65_HS1-834228961_62-HQ-83894_Section_7
Agency: FBI
Page 68
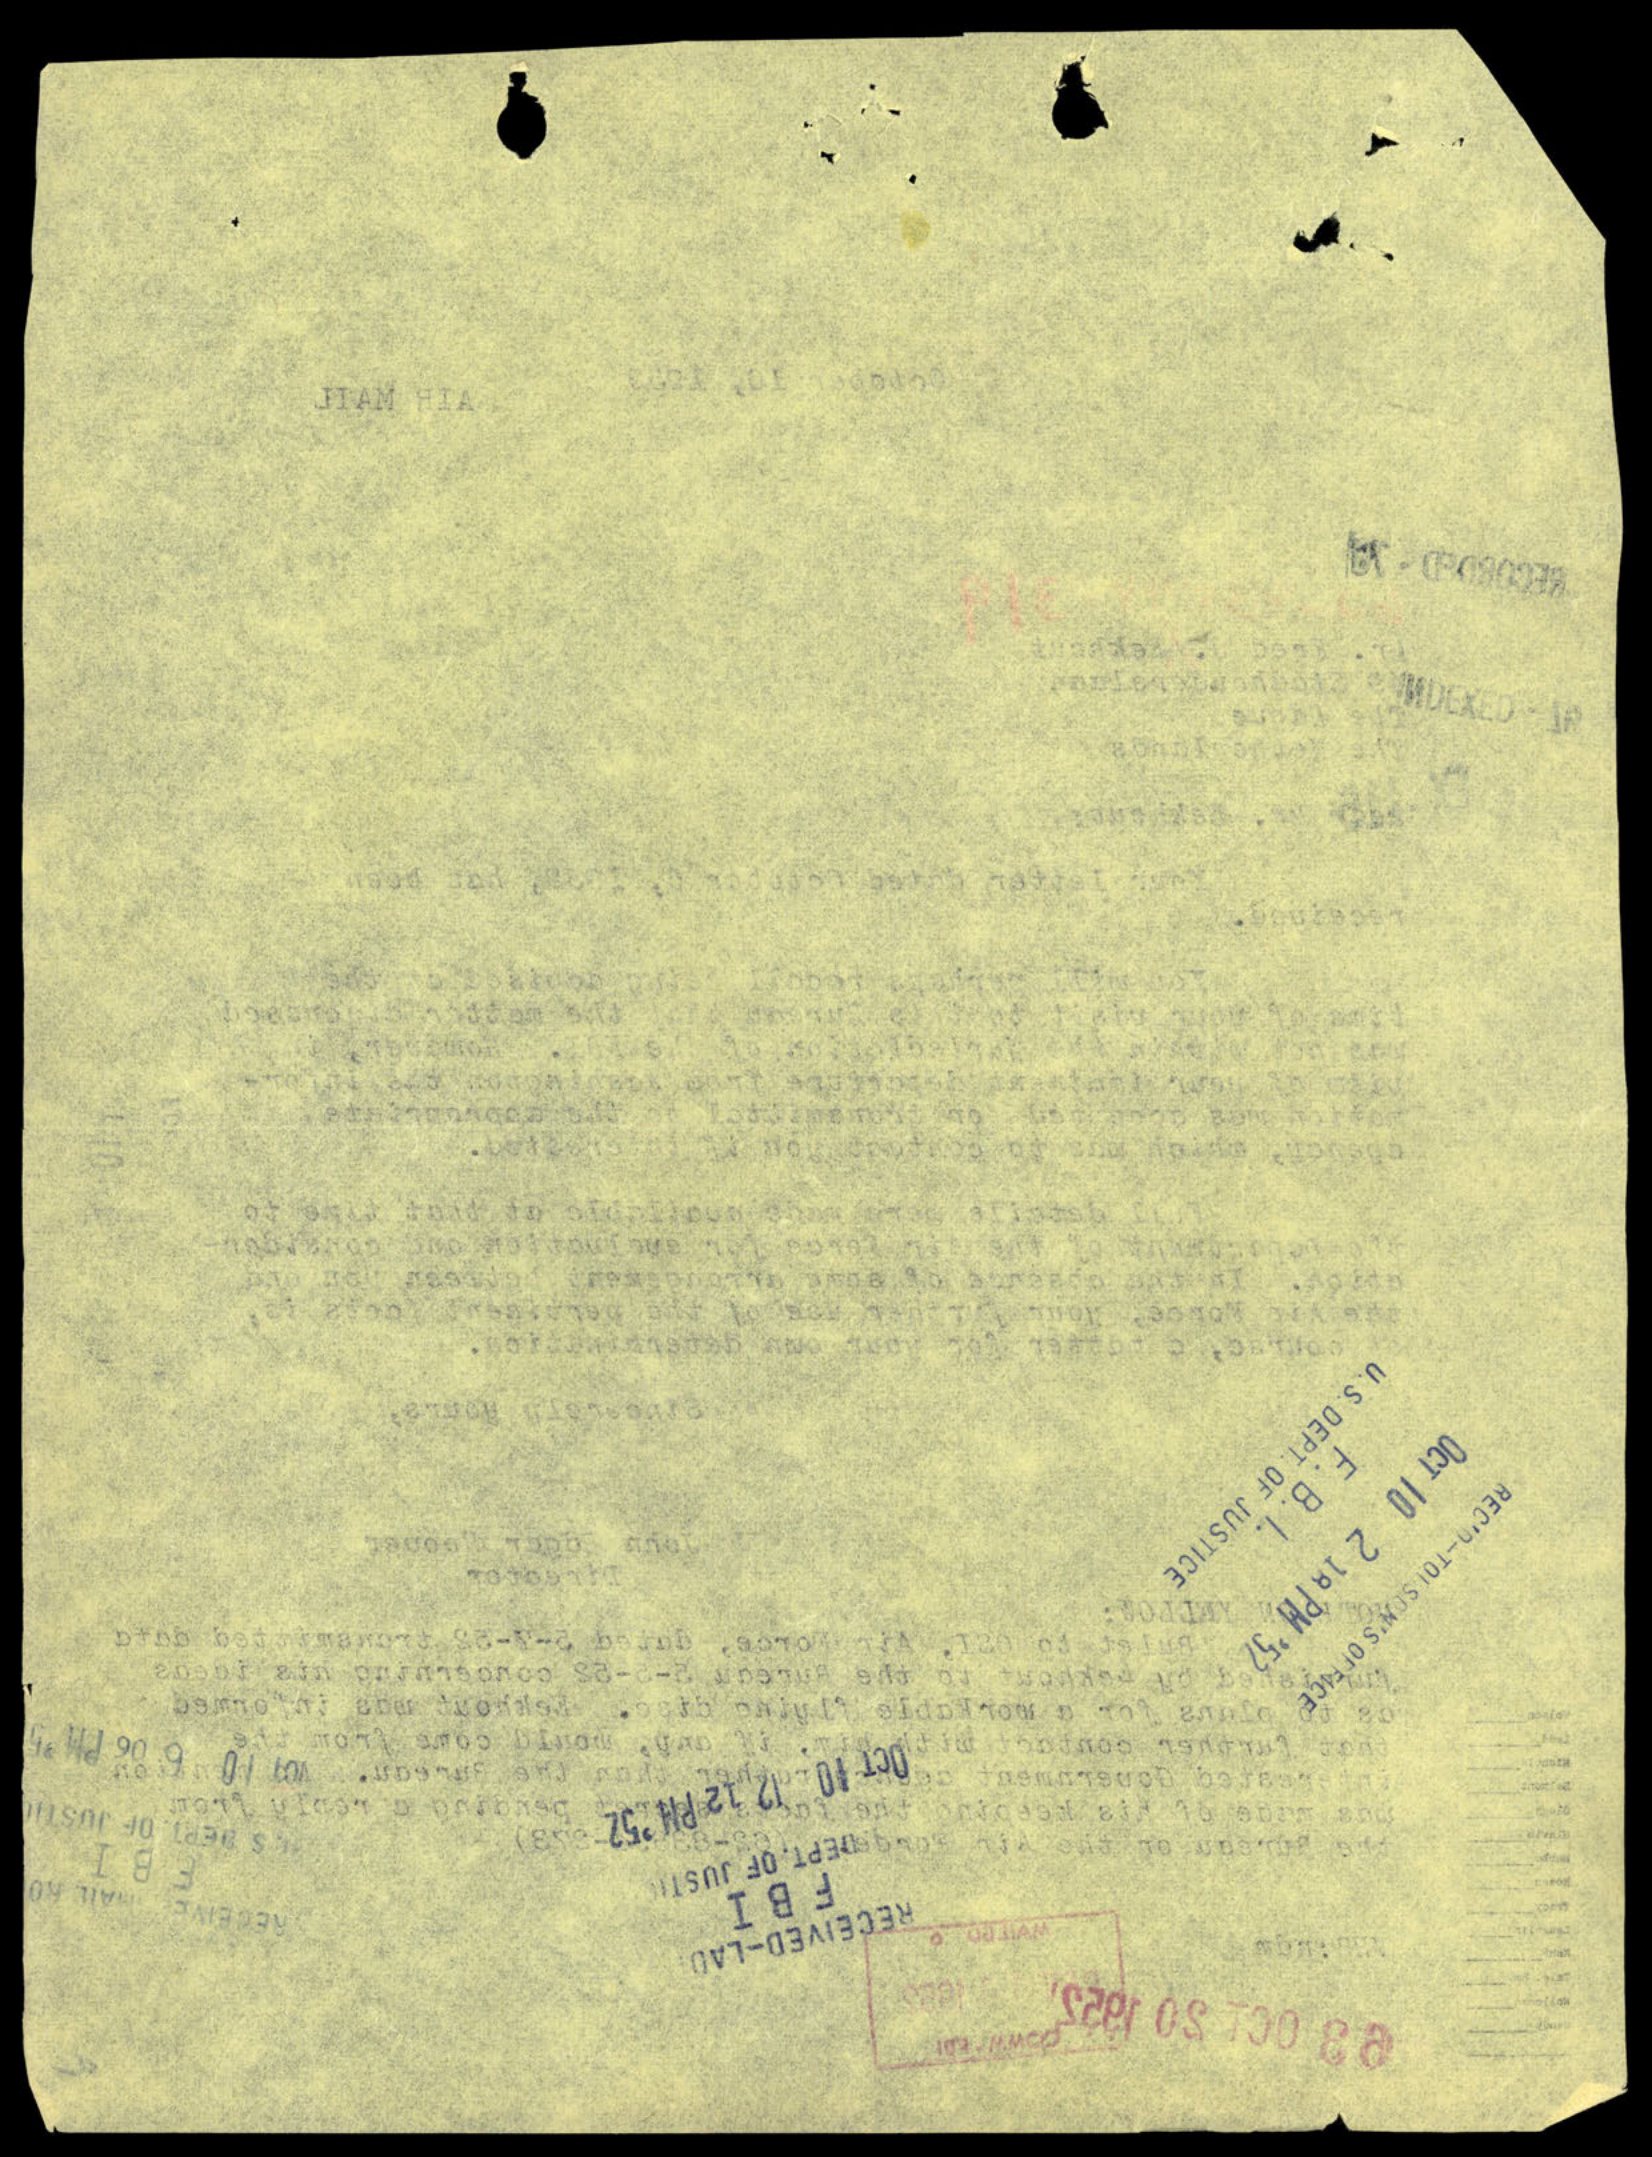